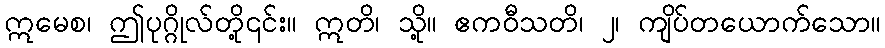
ဣမေစ၊ ဤပုဂ္ဂိုလ်တို့၎င်း။ ဣတိ၊ သို့။ ဧကဝီသတိ၊ ၂၊ ကျိပ်တယောက်သော။